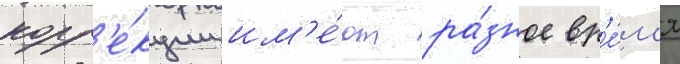
корр'е́кции им'е́ют ра́зное вр'е́м'я